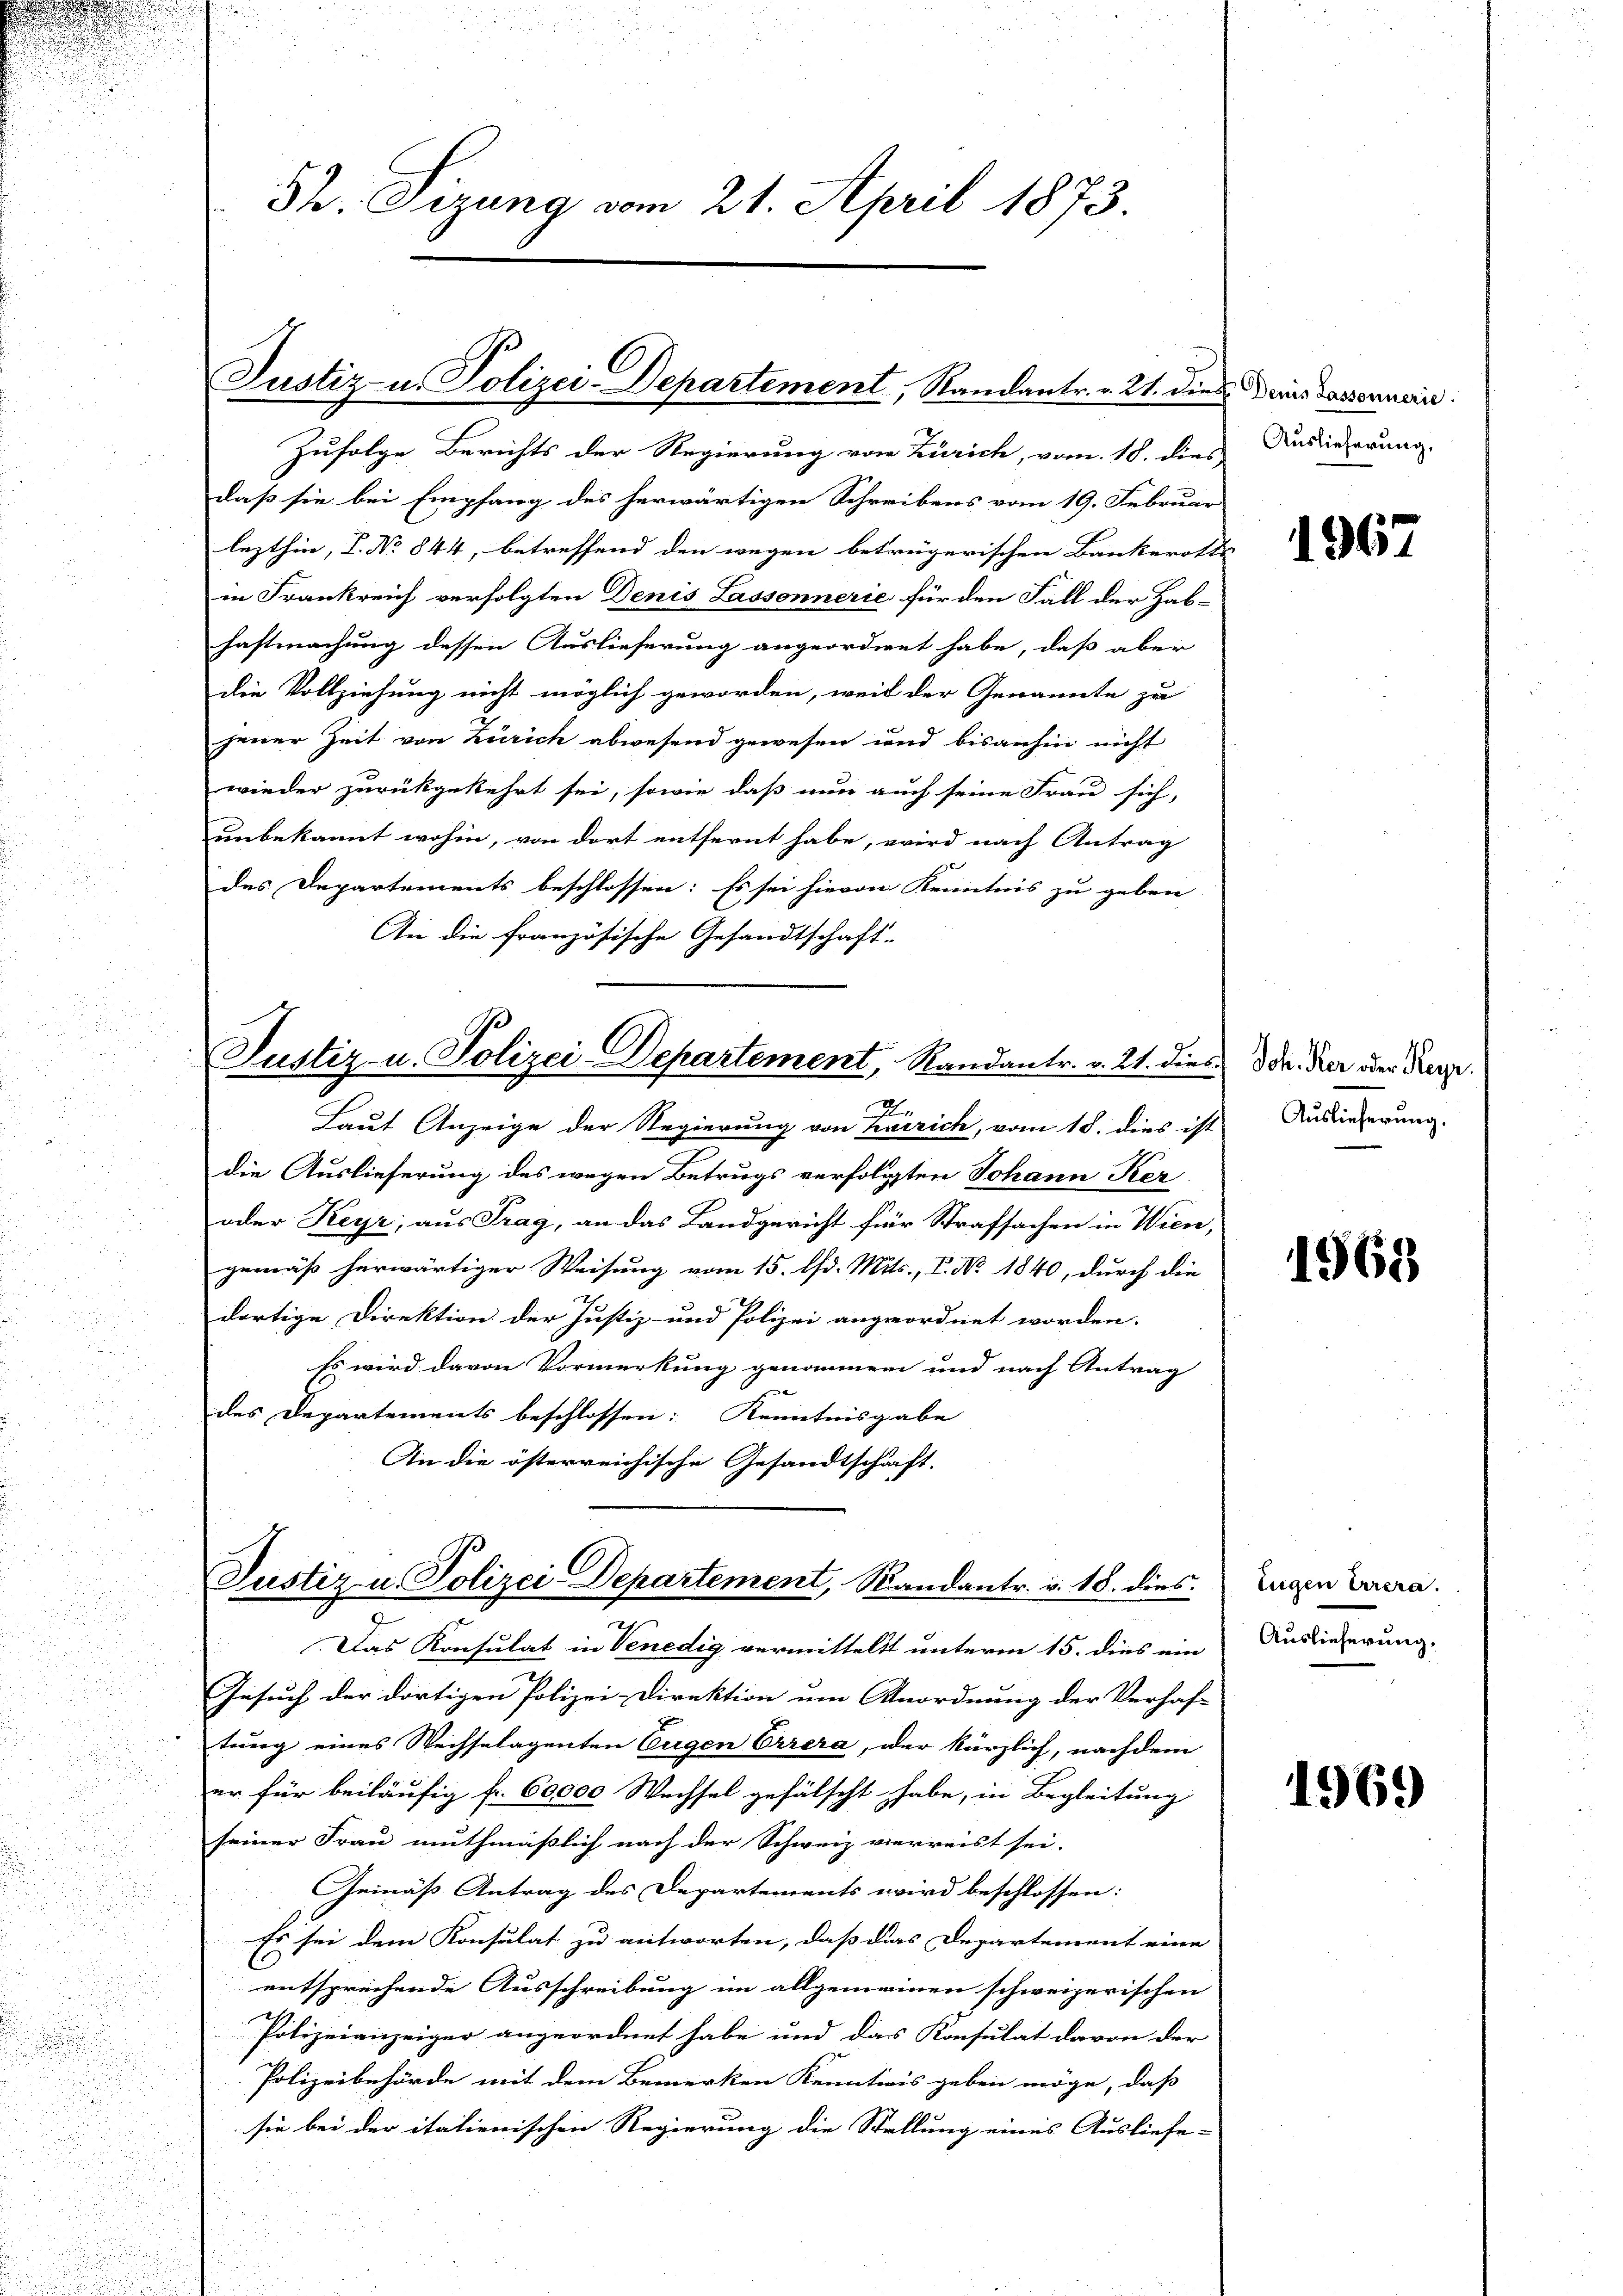
n

32. Sizung vom 21. April 1873.

Justiz u. Polizei-Departement, Randantr. v. 21. dies

Zufolge Berichts der Regierung von Zürich, vom 18. dies
daß sie bei Empfang des herwärtigen Schreibens vom 19. Februar
lezthin, I. No 844, betreffend den wegen betrügerischen Bankerott
in Frankreich verfolgten Denis Lassonnerie für den Fall der Habhastmachung dessen Auslieferung angeordnet habe, daß aber
die Vollziehung nicht möglich geworden, weil der Genannte zu
gjener Zeit von Zürich abwesend gewesen wird bisanhin nicht
wieder zurückgekehrt sei, sowie daß nun auch seine Frau sich,
unbekannt wohin, von dort entfernt habe, wird nach Antrag
des Departements beschlossen: Es sei hievon Kenntnis zu geben
Die die französische Gesandtschaft-
Justiz- u. Polizei-Departement, Randantr. v. 21. dies
Laut Anzeige der Regierung von Zürich, vom 18. dies ist
die Auslieferung des wegen Betrugs verfolgten Johann Ker
oder Keyr, aus Frag, an das Landgericht für Strafsachen in Wien,
gemäß herwärtiger Weisung vom 15. d. Mts., V. No. 1840, durch die
dortige Direktion der Justiz- und Polizei angeordnet worden.
Es wird davon Vormerkung genommen und nach Antrag
des Departements beschlossen: Kenntnisgabe
In die österreichische Gesandtschaft. |

Justiz u. Polizei Departement, Randantr. v. 18. dies

Das Konsulat in Venedig vermittelt unterm 15. dies ein
Gesuch der dortigen Polizei-Direktion um Anordnung der Verhaf-
tung eines Wechselagenten Eugen Errera, oder kürzlich, nachdem
er für beiläufig fr. 60000 Wechsel gefälscht habe, in Begleitung
seiner Frau muthmaßlich nach der Schweiz vierreist sei.
Gemäß Antrag des Departements wird beschlossen:
Es sei dem Konsulat zu antworten, dass dies Departement eine
entsprechende Ausschreibung im allgemeinen schweizerischen
Polizeianzeiger angeordnet habe und das Konsulat davon der
Polizeibehörde mit dem Bemerken Kenntiis geben möge, daß
sie bei der italienischen Regierung die Stellung eines Ausliefe-

Denis Lassonnerie.
Auslieferung,

196.

Joh. Ker oder Reyn.
Auslieferung.

1968

Eugen Eurera.
Auslieferung,

1969